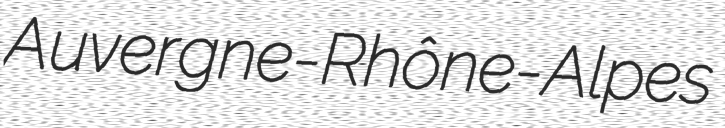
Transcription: Auvergne-Rhône-Alpes